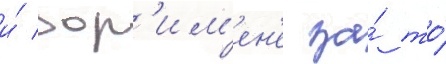
и́ дор'им'ен'е за́ то́